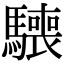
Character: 𩦌